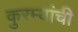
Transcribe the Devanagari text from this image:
कुरम्यांची